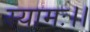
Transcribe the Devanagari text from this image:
स्यामः।।